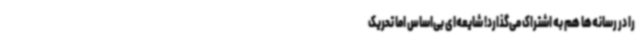
را در رسانه‌ها هم به اشتراک می‌گذارد! شایعه‌ای بی‌اساس اما تحریک